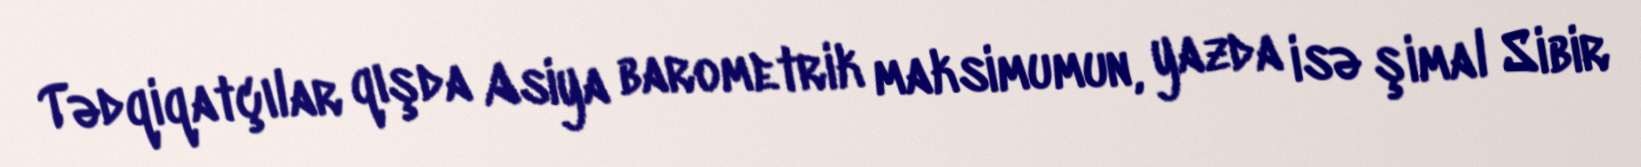
Tədqiqatçılar qışda Asiya barometrik maksimumun, yazda isə şimal Sibir